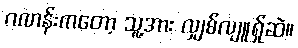
ဂဏန်းကတော့ သူ့အား လျှစ်လျူရ်ှုဆဲ။